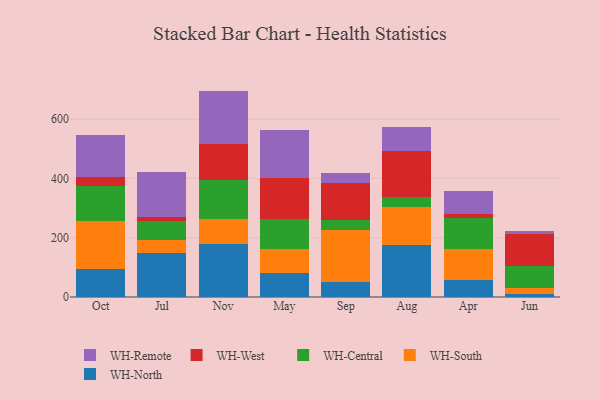
{"axis": {"x": "Month", "y": "Inventory Turnover"}, "legend": ["WH-Central", "WH-North", "WH-Remote", "WH-South", "WH-West"], "data": [{"x": "Oct", "y": 94.3, "type": "WH-North"}, {"x": "Oct", "y": 162.5, "type": "WH-South"}, {"x": "Oct", "y": 118.9, "type": "WH-Central"}, {"x": "Oct", "y": 28.6, "type": "WH-West"}, {"x": "Oct", "y": 143.8, "type": "WH-Remote"}, {"x": "Jul", "y": 148.3, "type": "WH-North"}, {"x": "Jul", "y": 43.4, "type": "WH-South"}, {"x": "Jul", "y": 64.6, "type": "WH-Central"}, {"x": "Jul", "y": 13.1, "type": "WH-West"}, {"x": "Jul", "y": 153.0, "type": "WH-Remote"}, {"x": "Nov", "y": 178.3, "type": "WH-North"}, {"x": "Nov", "y": 85.1, "type": "WH-South"}, {"x": "Nov", "y": 132.9, "type": "WH-Central"}, {"x": "Nov", "y": 119.4, "type": "WH-West"}, {"x": "Nov", "y": 179.7, "type": "WH-Remote"}, {"x": "May", "y": 80.5, "type": "WH-North"}, {"x": "May", "y": 81.6, "type": "WH-South"}, {"x": "May", "y": 102.4, "type": "WH-Central"}, {"x": "May", "y": 136.7, "type": "WH-West"}, {"x": "May", "y": 160.6, "type": "WH-Remote"}, {"x": "Sep", "y": 50.9, "type": "WH-North"}, {"x": "Sep", "y": 174.8, "type": "WH-South"}, {"x": "Sep", "y": 35.5, "type": "WH-Central"}, {"x": "Sep", "y": 121.7, "type": "WH-West"}, {"x": "Sep", "y": 35.5, "type": "WH-Remote"}, {"x": "Aug", "y": 173.9, "type": "WH-North"}, {"x": "Aug", "y": 130.0, "type": "WH-South"}, {"x": "Aug", "y": 32.8, "type": "WH-Central"}, {"x": "Aug", "y": 155.2, "type": "WH-West"}, {"x": "Aug", "y": 81.2, "type": "WH-Remote"}, {"x": "Apr", "y": 56.8, "type": "WH-North"}, {"x": "Apr", "y": 104.6, "type": "WH-South"}, {"x": "Apr", "y": 104.8, "type": "WH-Central"}, {"x": "Apr", "y": 14.1, "type": "WH-West"}, {"x": "Apr", "y": 76.8, "type": "WH-Remote"}, {"x": "Jun", "y": 11.5, "type": "WH-North"}, {"x": "Jun", "y": 20.4, "type": "WH-South"}, {"x": "Jun", "y": 73.6, "type": "WH-Central"}, {"x": "Jun", "y": 107.3, "type": "WH-West"}, {"x": "Jun", "y": 10.8, "type": "WH-Remote"}]}